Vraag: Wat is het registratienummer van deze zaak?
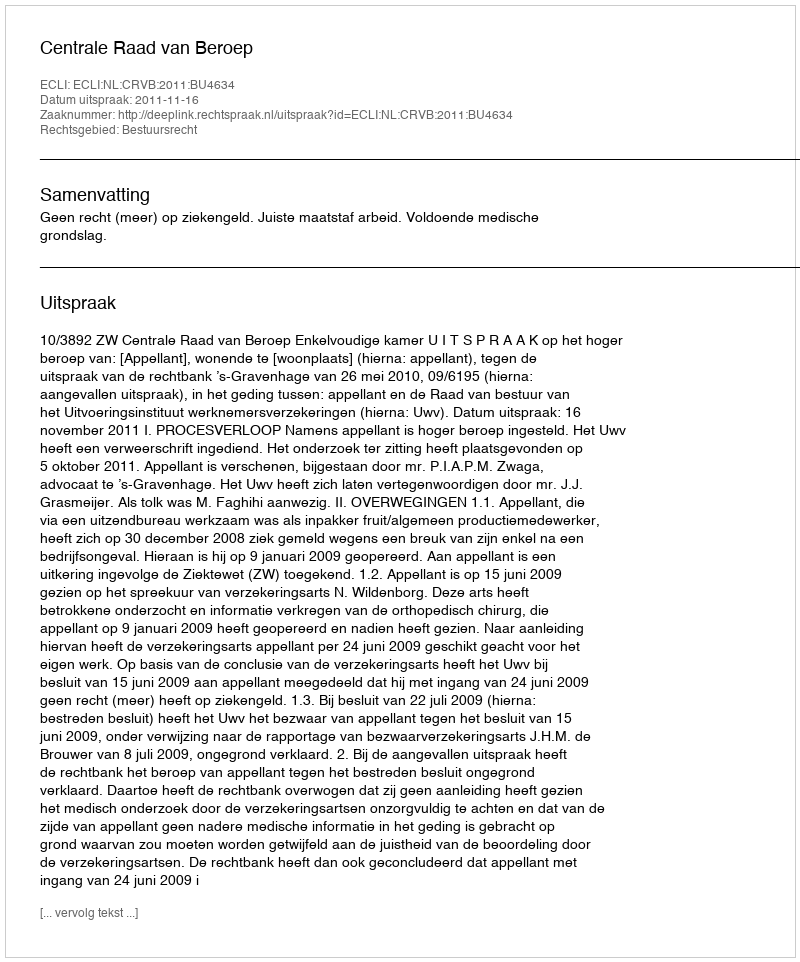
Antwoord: http://deeplink.rechtspraak.nl/uitspraak?id=ECLI:NL:CRVB:2011:BU4634